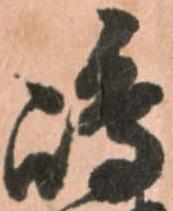
嶋